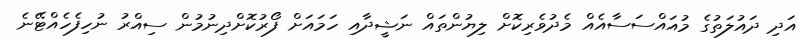
އަދި ދައުލަތުގެ މުއައްސަސާއެއް މެދުވެރިކޮށް ލިޔުންތައް ނަޝީދާއި ހަމައަށް ފޯރުކޮށްދިނުމުން ސިއްރު ނުހިފެހެއްޓޭނެ